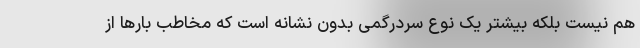
هم نیست بلکه بیشتر یک نوع سردرگمی بدون نشانه است که مخاطب بارها از